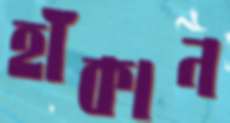
হাঁকান